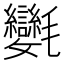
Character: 𣱂